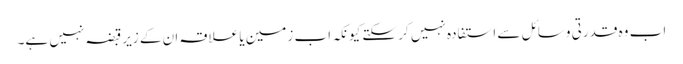
اب وہ قدرتی وسائل سے استفادہ نہیں کر سکتے کیونکہ اب زمین یا علاقہ ان کے زیرقبضہ نہیں ہے۔